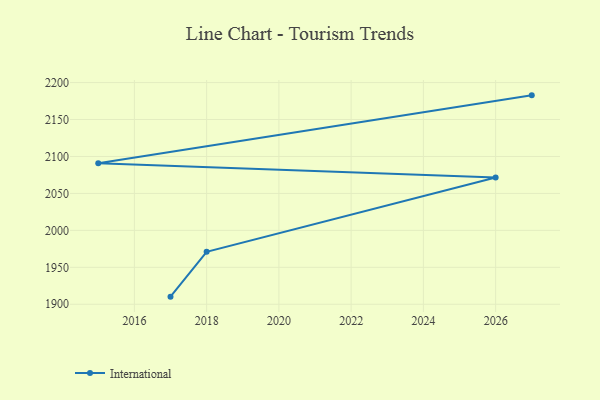
{"axis": {"x": "Year", "y": "Population (Million)"}, "legend": ["International"], "data": [{"x": "2017", "y": 1910.3, "type": "International"}, {"x": "2018", "y": 1970.9, "type": "International"}, {"x": "2026", "y": 2071.5, "type": "International"}, {"x": "2015", "y": 2090.9, "type": "International"}, {"x": "2027", "y": 2182.7, "type": "International"}]}